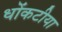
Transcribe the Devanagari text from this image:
धोंकटीया